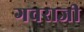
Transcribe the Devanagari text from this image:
गवराजी